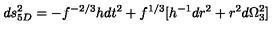
d s _ { 5 D } ^ { 2 } = - f ^ { - 2 / 3 } h d t ^ { 2 } + f ^ { 1 / 3 } [ h ^ { - 1 } d r ^ { 2 } + r ^ { 2 } d \Omega _ { 3 } ^ { 2 } ]